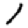
Digit: 1